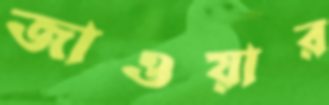
জাওয়ার